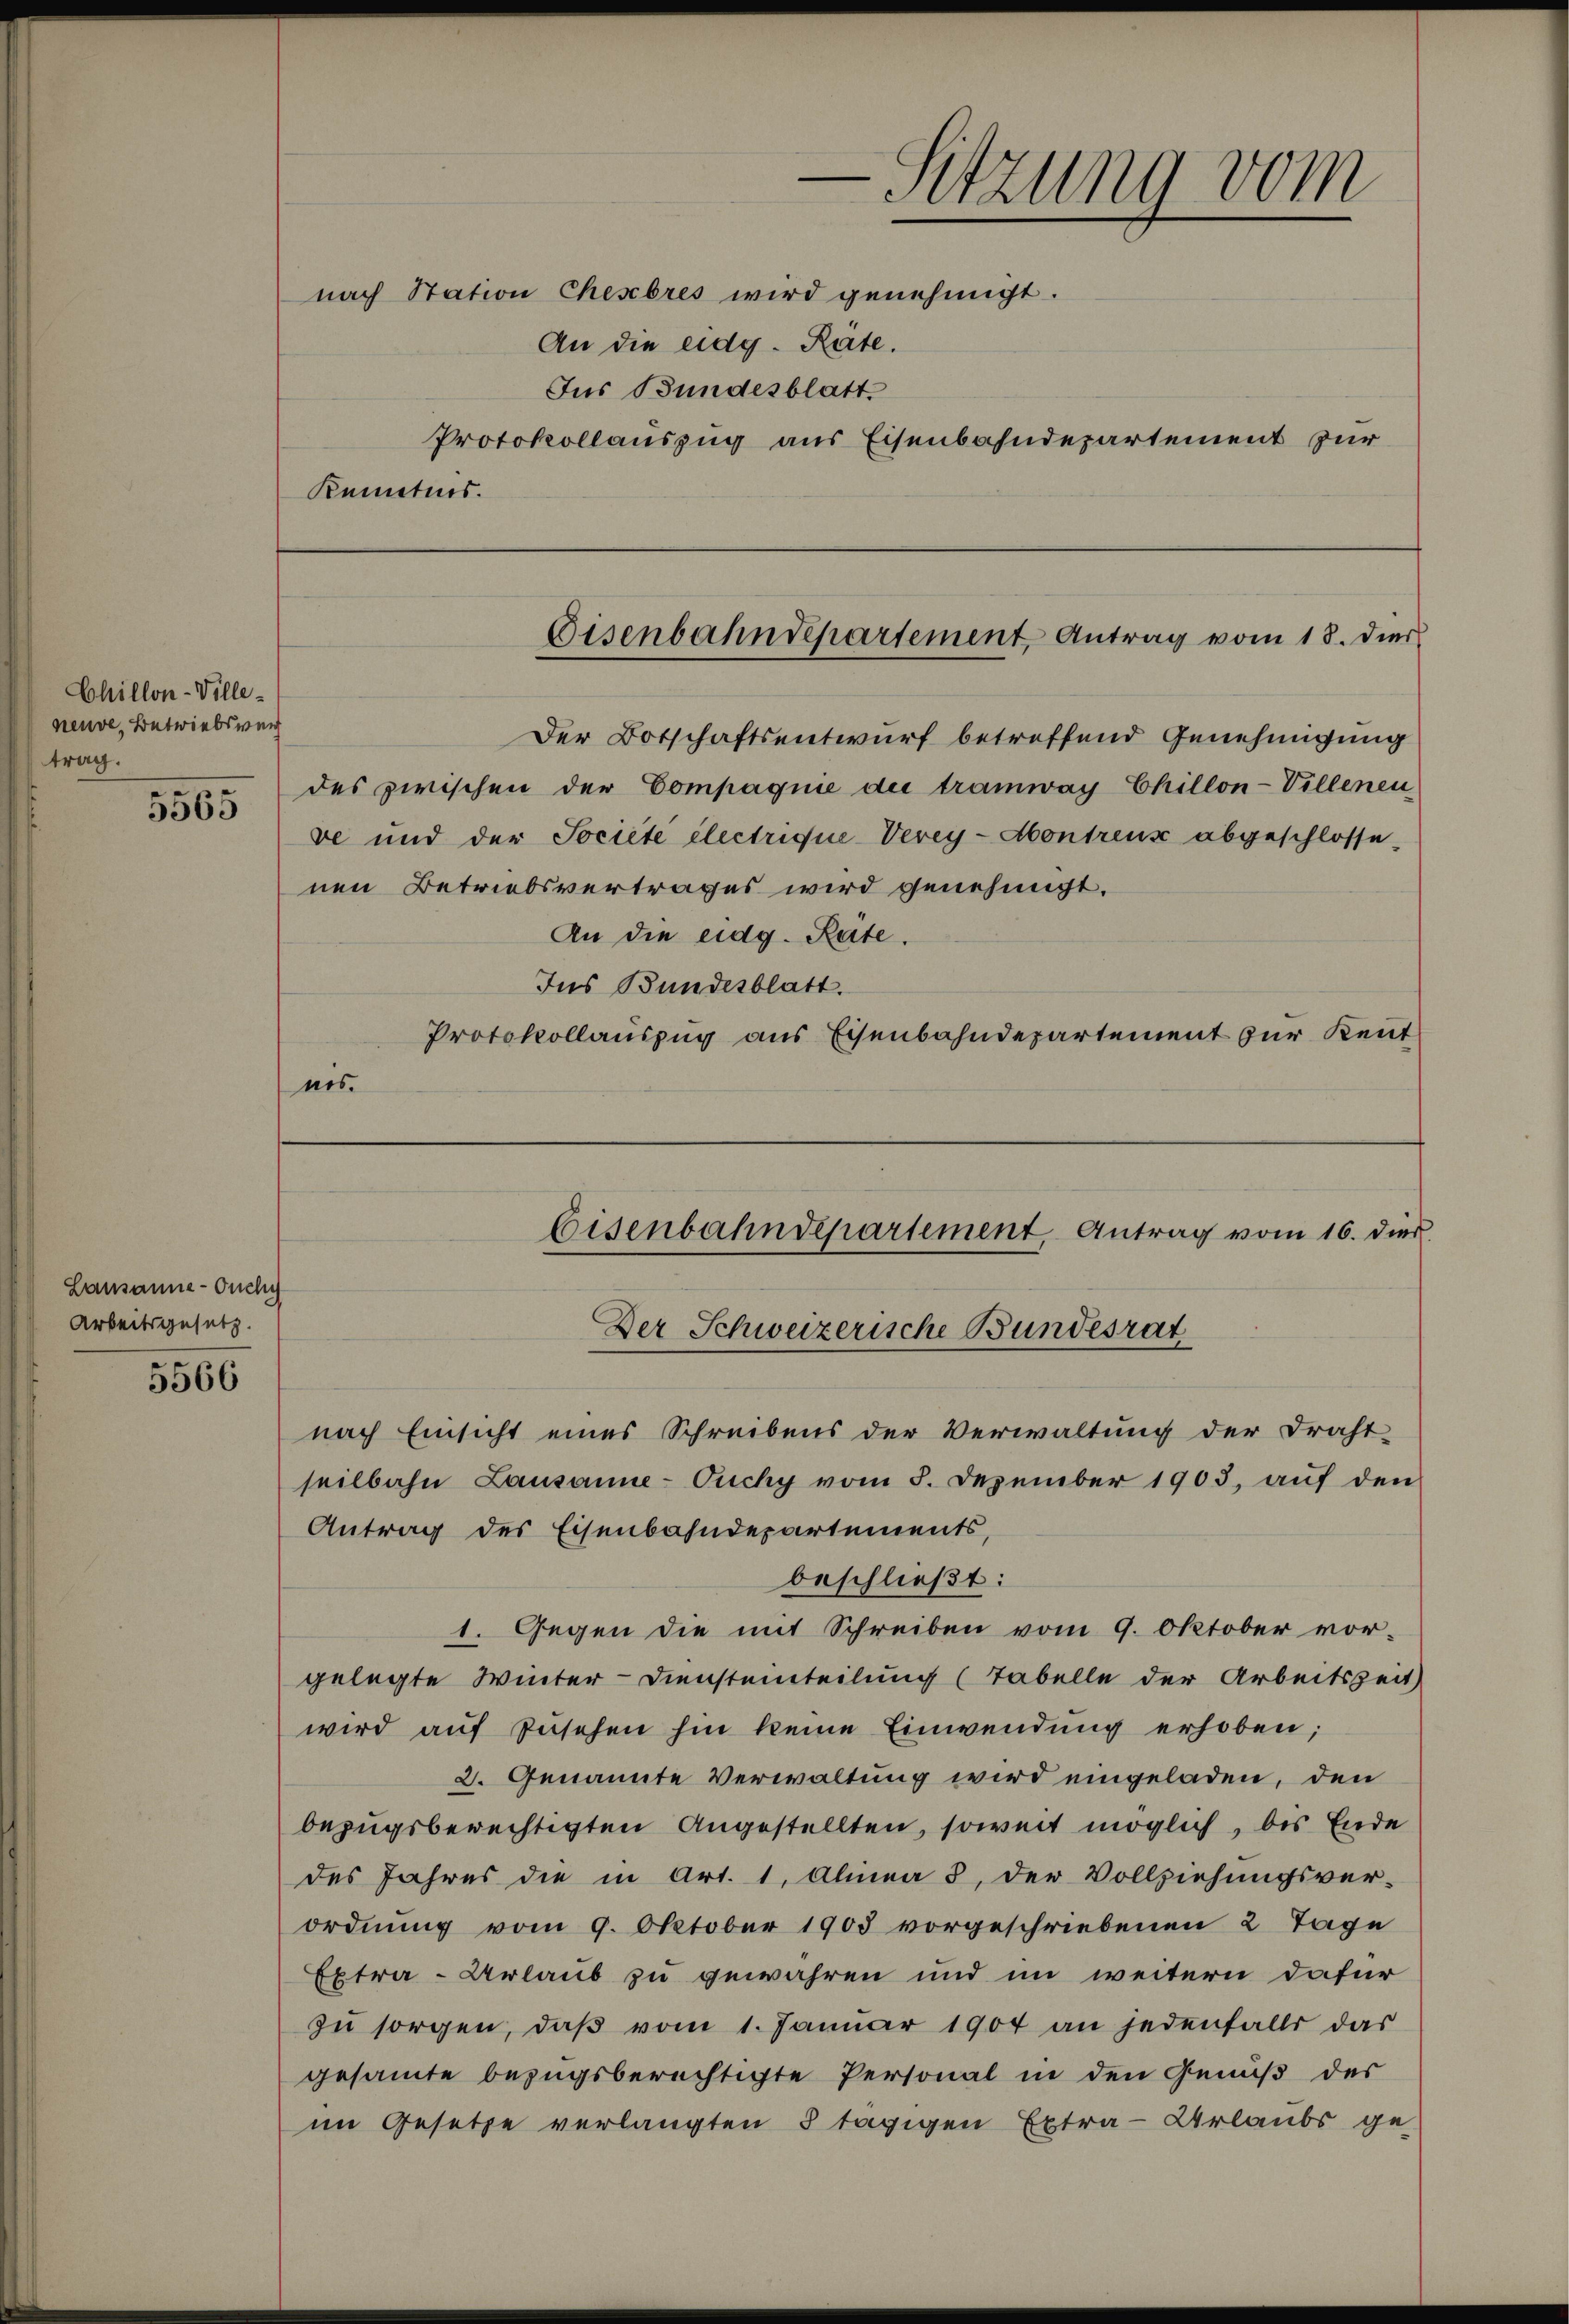
Chillon-Villeneuve, Betriebswei
trag.
5565

Lausanne - Ouchy
Arbeitsgesetz.

5566

nach Station Chesebres wird genehmigt.
An die eidg. Rate.
Jus Bundesblatt.
Protokollauszug aus Eisenbahndepartement zur
Kenntnis.

e
Sitzung vom

Der Botschaftsentwurf betreffend Genehmigung
des zwischen der Compagnie der tramway Chillon-Villenen
ve und der Société électrique-Verey-Montreux abgeschlossenen Betriebsvertrages wird genehmigt.
An die eidg. Räte.
Ins Bundesblatt.
Protokollauszug aus Eisenbahndepartement zur Kenntnis.

Eisenbahndepartement, Antrag vom 18. Dier

nach Einsicht eines Schreibens der Verwaltung der Draht-
seilbahn Lausanne-Ouchy vom 8. Dezember 1903, auf den
Antrag des Eisenbahndepartements,
beschließt:
1. Gegen die mit Schreiben vom 9. Oktober vor-
gelegte Winter-Diensteinteilung (Tabelle der Arbeitszeit
wird auf zusehen hin keine Einwendung erhoben;
2. Genannte Verwaltung wird eingeladen, den
bezugsberechtigten Angestellten, soweit möglich, bis Ende
des Jahres die in Art. 1. Alina 3, der Vollziehungsver-
ordnung vom 9. Oktober 1903 vorgeschriebenen 2 Tage
Extra-Urlaub zu gewähren und im weitern dafür
zŭ sorgen, daβ vom 1. Janŭar 1904 an jedenfalls das
gesamte bezugsberechtigte Personal in den Genuß des
im Gesetze verlangten 8 tägigen Extra-Urlaubs ge-

Eisenbahndepartement, Antrag vom 16. dies
Der Schweizerische Bundesrat